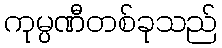
ကုမ္ပဏီတစ်ခုသည်